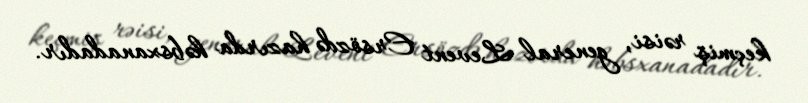
keçmiş rəisi, general Levent Ersözdə hazırda həbsxanadadır.